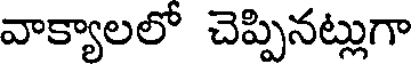
వాక్యాలలో చెప్పినట్లుగా